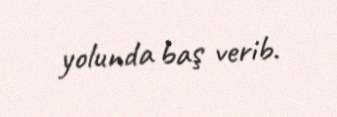
yolunda baş verib.